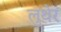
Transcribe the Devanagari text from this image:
लुथेर